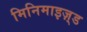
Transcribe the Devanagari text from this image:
मिनिमाइज़्ड